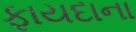
ફાયદાના